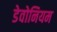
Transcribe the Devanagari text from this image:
डेवोनियम